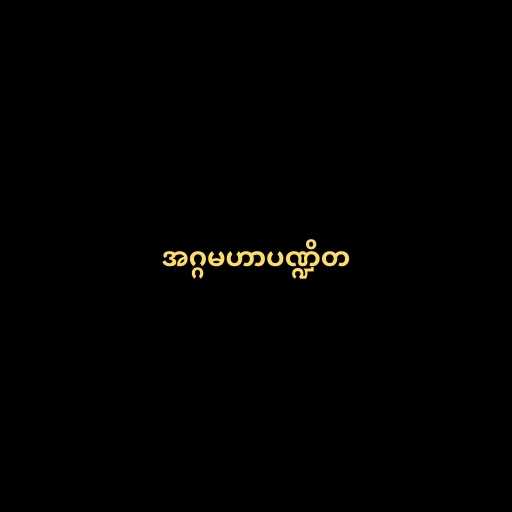
အဂ္ဂမဟာပဏ္ဍိတ